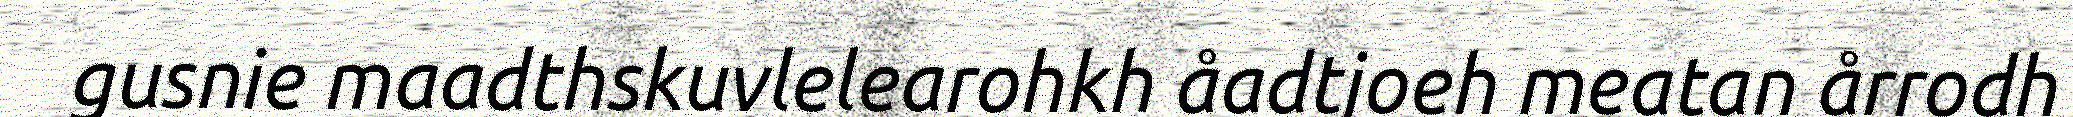
gusnie maadthskuvlelearohkh åadtjoeh meatan årrodh